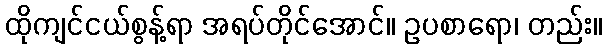
ထိုကျင်ငယ်စွန့်ရာ အရပ်တိုင်အောင်။ ဥပစာရော၊ တည်း။